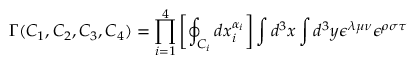
\Gamma ( C _ { 1 } , C _ { 2 } , C _ { 3 } , C _ { 4 } ) = \prod _ { i = 1 } ^ { 4 } \left[ \oint _ { C _ { i } } d x _ { i } ^ { \alpha _ { i } } \right] \int d ^ { 3 } x \int d ^ { 3 } y \epsilon ^ { \lambda \mu \nu } \epsilon ^ { \rho \sigma \tau }